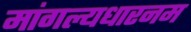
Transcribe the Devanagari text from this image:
मांगल्यधारनम